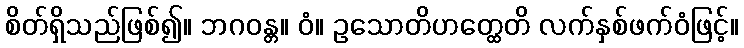
စိတ်ရှိသည်ဖြစ်၍။ ဘဂဝန္တ။ ဝံ။ ဥသောတိဟတ္ထေတိ လက်နှစ်ဖက်ဝံဖြင့်။